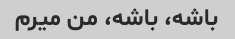
باشه، باشه، من میرم